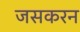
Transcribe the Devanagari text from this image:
जसकरन